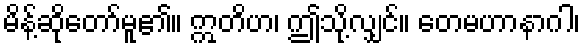
မိန့်ဆိုတော်မူ၏။ ဣတိဟ၊ ဤသို့လျှင်။ တေမဟာနာဂါ၊